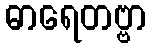
ဓာရေတဗ္ဗာ